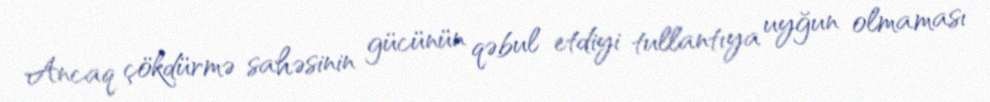
Ancaq çökdürmə sahəsinin gücünün qəbul etdiyi tullantıya uyğun olmaması